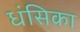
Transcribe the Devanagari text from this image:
धंसिका